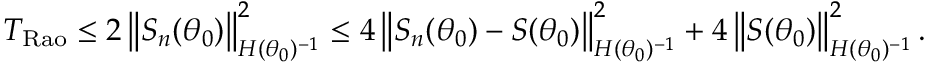
\begin{array} { r } { T _ { \mathrm { R a o } } \le 2 \left\lVert S _ { n } ( \theta _ { 0 } ) \right\rVert _ { H ( \theta _ { 0 } ) ^ { - 1 } } ^ { 2 } \le 4 \left\lVert S _ { n } ( \theta _ { 0 } ) - S ( \theta _ { 0 } ) \right\rVert _ { H ( \theta _ { 0 } ) ^ { - 1 } } ^ { 2 } + 4 \left\lVert S ( \theta _ { 0 } ) \right\rVert _ { H ( \theta _ { 0 } ) ^ { - 1 } } ^ { 2 } . } \end{array}